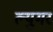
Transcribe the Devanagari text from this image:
ल्युमर